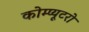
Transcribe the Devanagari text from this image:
कोम्प्यूटरो